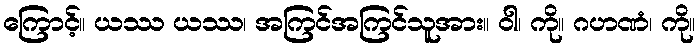
ကြောင့်။ ယဿ ယဿ၊ အကြင်အကြင်သူအား။ ဝါ၊ ကို။ ဂဟဏံ၊ ကို။